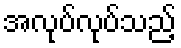
အလုပ်လုပ်သည့်